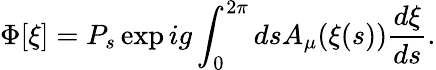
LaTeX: \Phi[\xi]=P_{s}\exp ig\int_{0}^{2\pi}dsA_{\mu}(\xi(s))\frac{d\xi}{ds}.